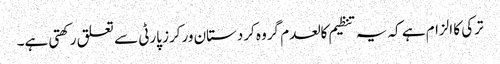
ترکی کا الزام ہے کہ یہ تنظیم کالعدم گروہ کردستان ورکرز پارٹی سے تعلق رکھتی ہے۔